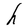
Character: h